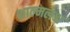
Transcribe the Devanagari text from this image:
शाल्मलश्च